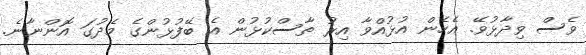
ވެސް ވިދާޅުވޭ. އެހެން އުޅުއްވާ އިރު ތާސްކުޅުން އެ ބޭފުޅުންގެ މެދުގަ އޮންނާނެ.